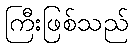
ကြီးဖြစ်သည်